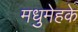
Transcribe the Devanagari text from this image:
मधुमेहके